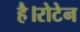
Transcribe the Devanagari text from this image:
है।रोटेन